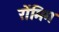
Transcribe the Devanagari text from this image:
रोंमिग